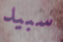
سبيد